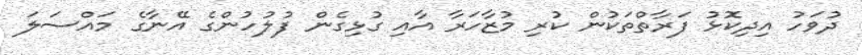
ދުވަހު އިދިކޮޅު ފަރާތްތަކުން ކުރި މުޒާހަރާ އާއި ގުޅިގެން ފުލުހުންގެ އޭނާގެ މައްސަލަ